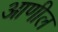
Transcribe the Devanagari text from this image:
आणील